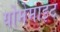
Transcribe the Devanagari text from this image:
योमेमाइट